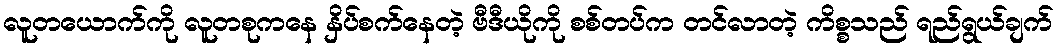
လူတယောက်ကို လူတစုကနေ နှိပ်စက်နေတဲ့ ဗီဒီယိုကို စစ်တပ်က တင်လာတဲ့ ကိစ္စသည် ရည်ရွယ်ချက်